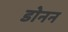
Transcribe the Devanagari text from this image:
डोनन